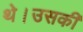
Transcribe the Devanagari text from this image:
थे।उसकी